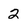
Character: 2